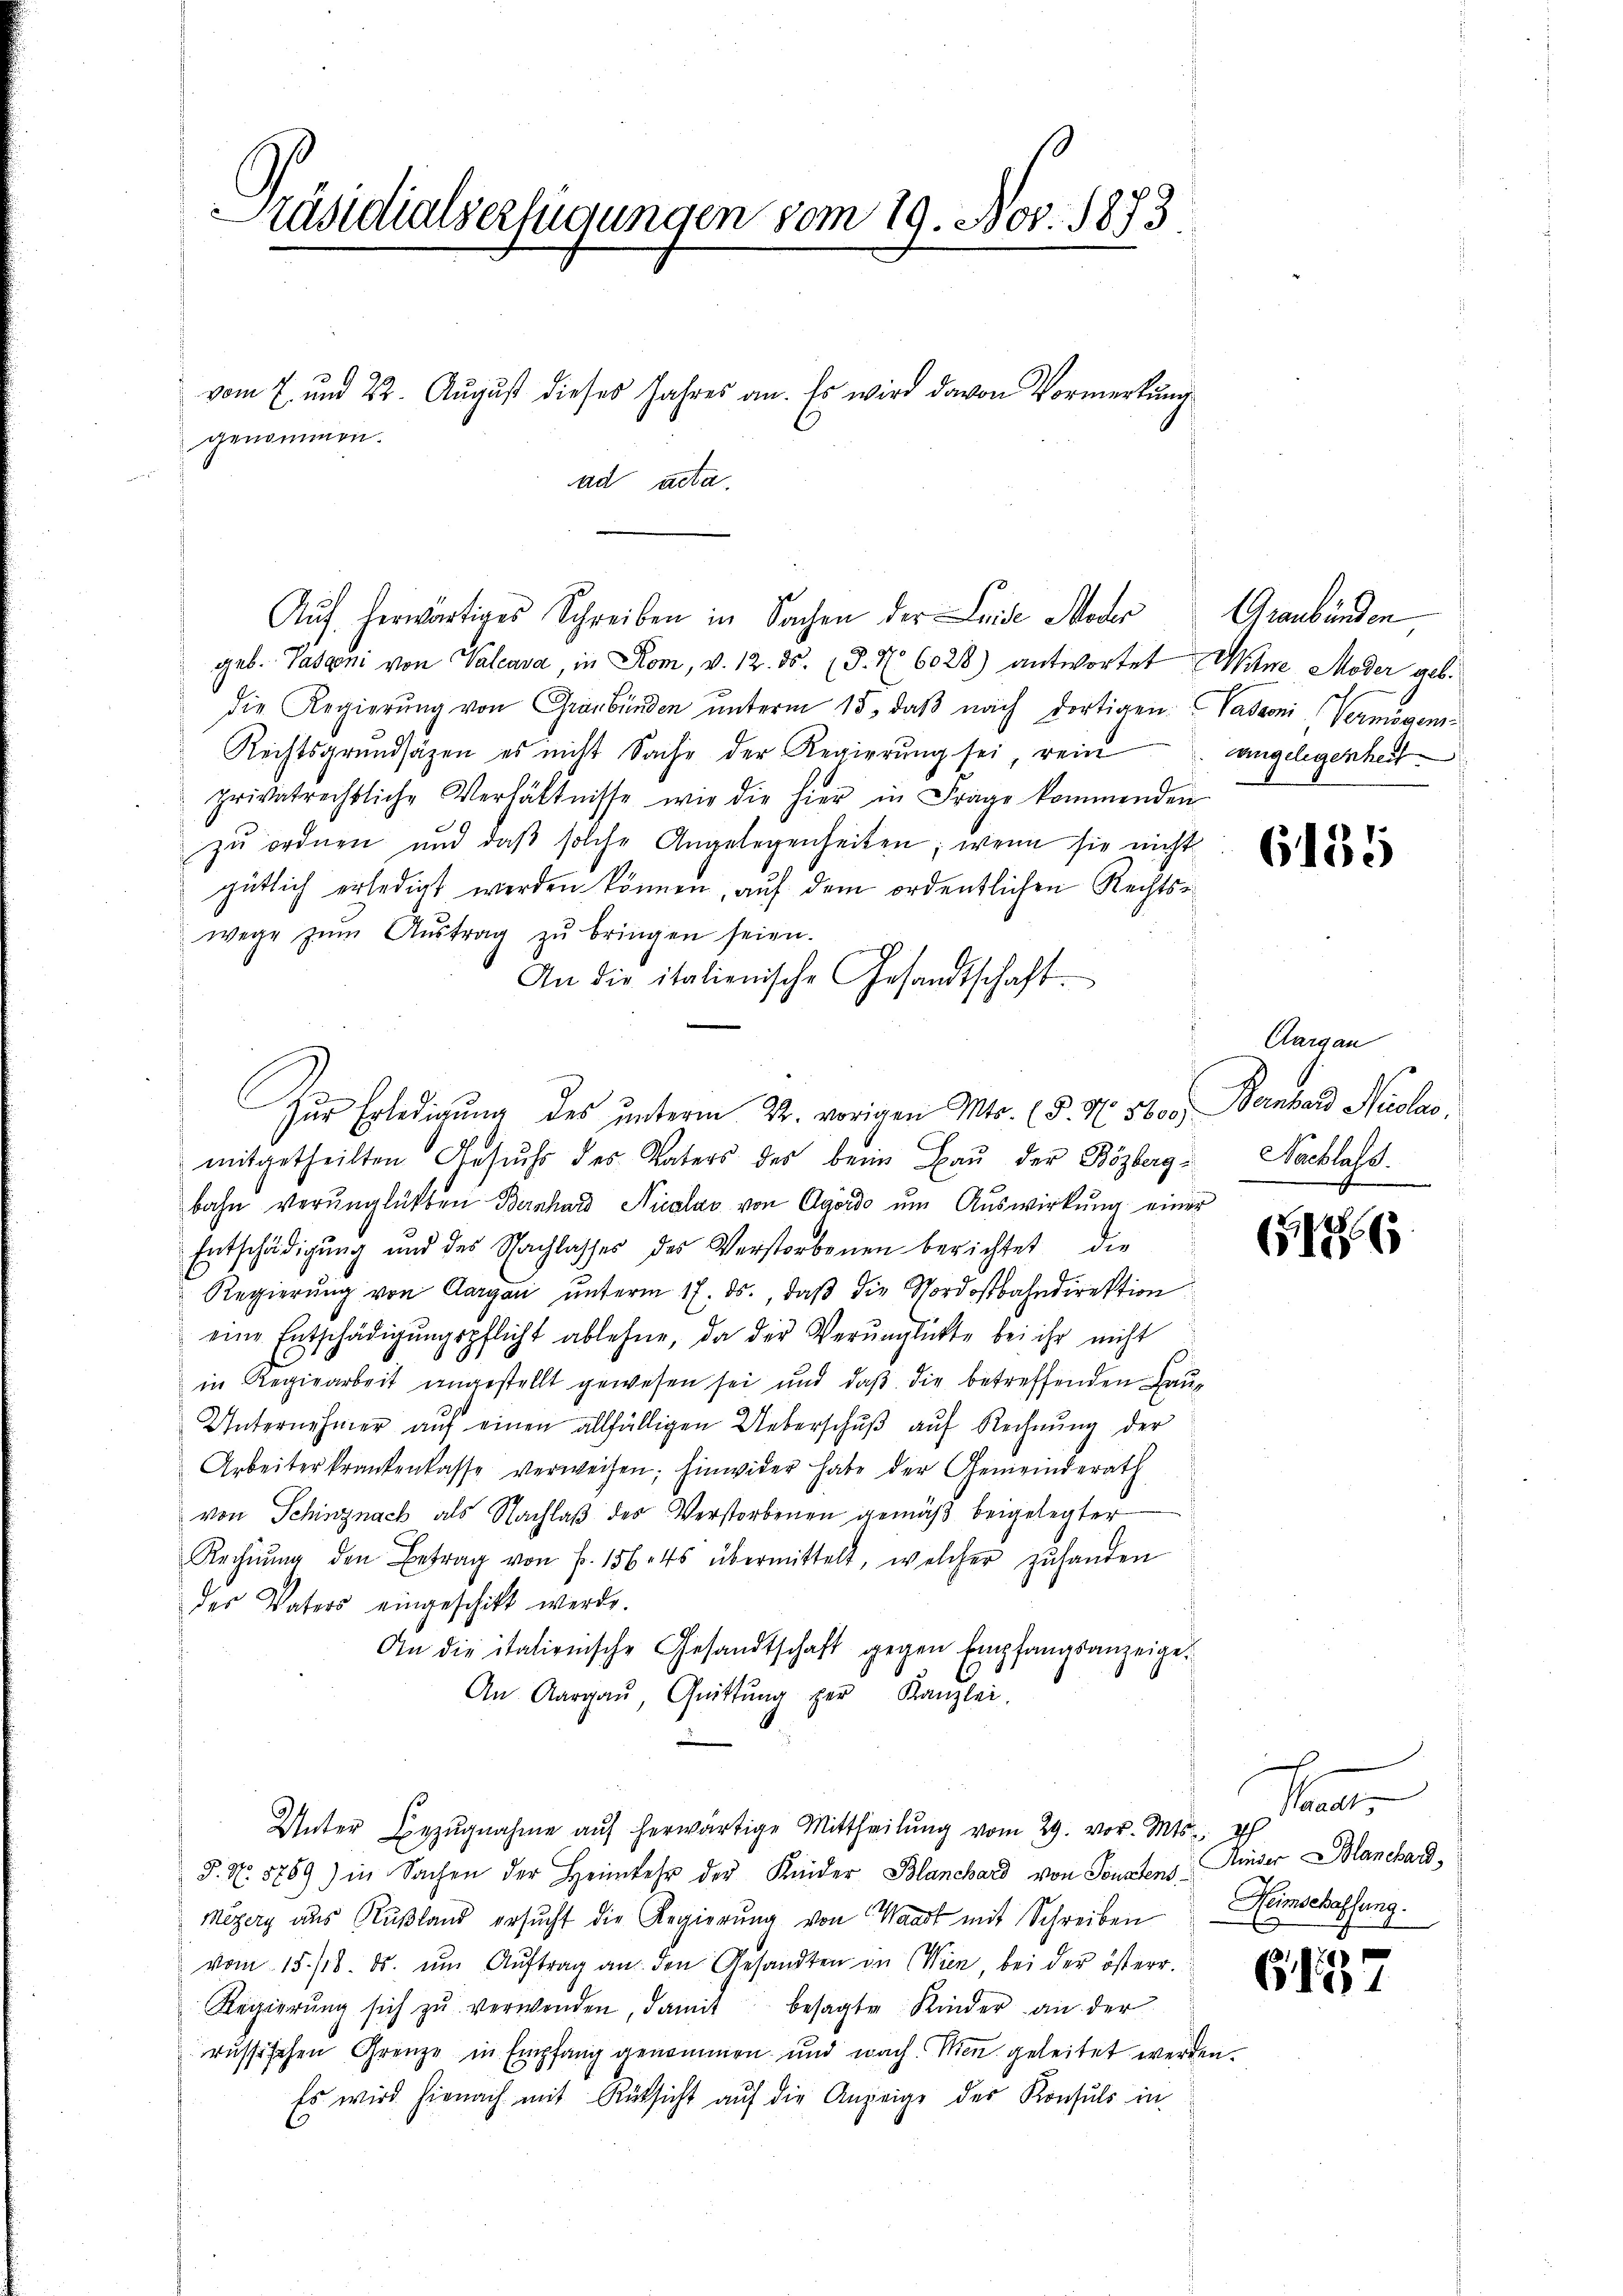
Präsidialserfügungen vom 19. Nov. 1873.
vom 7. und 22. August dieses Jahres an. Es wird davon Vormerkung
genommen.
ad acta.

geb. Pasconi von Valcava, in Rom, v. 12. ds. (§. N 6028) antwortet. Witwe Moder geb.
die Regierŭng von Graubünden ŭnterm 15. daβ nach dortigen Vadoni (Vermögens¬
Rechtsgrundsäzen es nicht Sache der Regierŭng sei, rein
privatrechtliche Verhältnisse wir die hier in Frage kommenden
zu ordnen und daß solche Angelegenheiten; wenn sie nicht
gütlich erledigt werden können, auf dem ordentlichen Rechtswege zŭm Aŭstrag zŭ bringen seien.
An die italienische Gesandtschaft.
mitgetheilten Gesŭchs des Vaters des beim Baŭ der Bözberg - Nachlass
bahn verŭnglükten Bernhard Nicalar von Agardo ŭm Aŭswirkung einer
Entschädigung und des Nachlasses des Verstorbenen berichtet, die
Regierŭng von Aargau ŭnterm 17. ds., daβ die Nordostbahndirektion
eine Entschädigŭngspflicht ablehne, da der Verunglückte bei ihr nicht
in Regiearbeit angestellt gewesen sei und daβ die betreffenden Bau¬
Unternehmer aŭf einen allfälligen Ueberschŭβ aŭf Rechnŭng der
Arbeiterkrankenkasse verweisen; hinwider habe der Gemeinderath
von Schinznach als Nachlaß des Verstorbenen gemäβ beigelegter
Rechnŭng den Betrag von Fr. 1564 übermittelt, welcher zŭ handen
der Vaters eingeschickt werde.
An die italienische Gesandtschaft gegen Empfangsanzeige.
An Aargaŭ, Quittŭng per Kanzlei.
Unter Bezŭgnahme aŭf herwärtige Mittheilŭng vom 29. vor. Mts. 2
P. Nr. 5789) in Sachen der Heimkehr der Kinder Blanchard von Sonstens Kinder Blanchar
Megers aus Rußland ersucht die Regierung von Waadt mit Schreiben
vom 15./18. ds. ŭm Aŭftrag an den Gesandten in Wien, bei der österr.
Regierŭng sich zŭ verwenden, damit besagte Kinder an der
russischen Grenze in Empfang genommen und nach. Men geleitet werden.
Es wird hienach mit Rücksicht auf die Anzeige der Konsuls in

Zur Erledigung des unterm 22. vorigen Mts. (§. N. 5600)

Auf herwärtiges Schreiben in Sachen der Leide Moder Graubünden

angelegenheit

6185

Aargau
Bambend Nicolar.

186

a
Heimschaffung.

G. 157